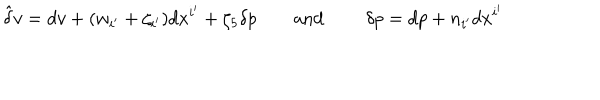
\hat { \delta } v = d v + ( w _ { i ^ { \prime } } + \zeta _ { i ^ { \prime } } ) d x ^ { i ^ { \prime } } + \zeta _ { 5 } \delta p \qquad \mathrm { a n d ~ } \qquad \delta p = d p + n _ { i ^ { \prime } } d x ^ { i ^ { \prime } }